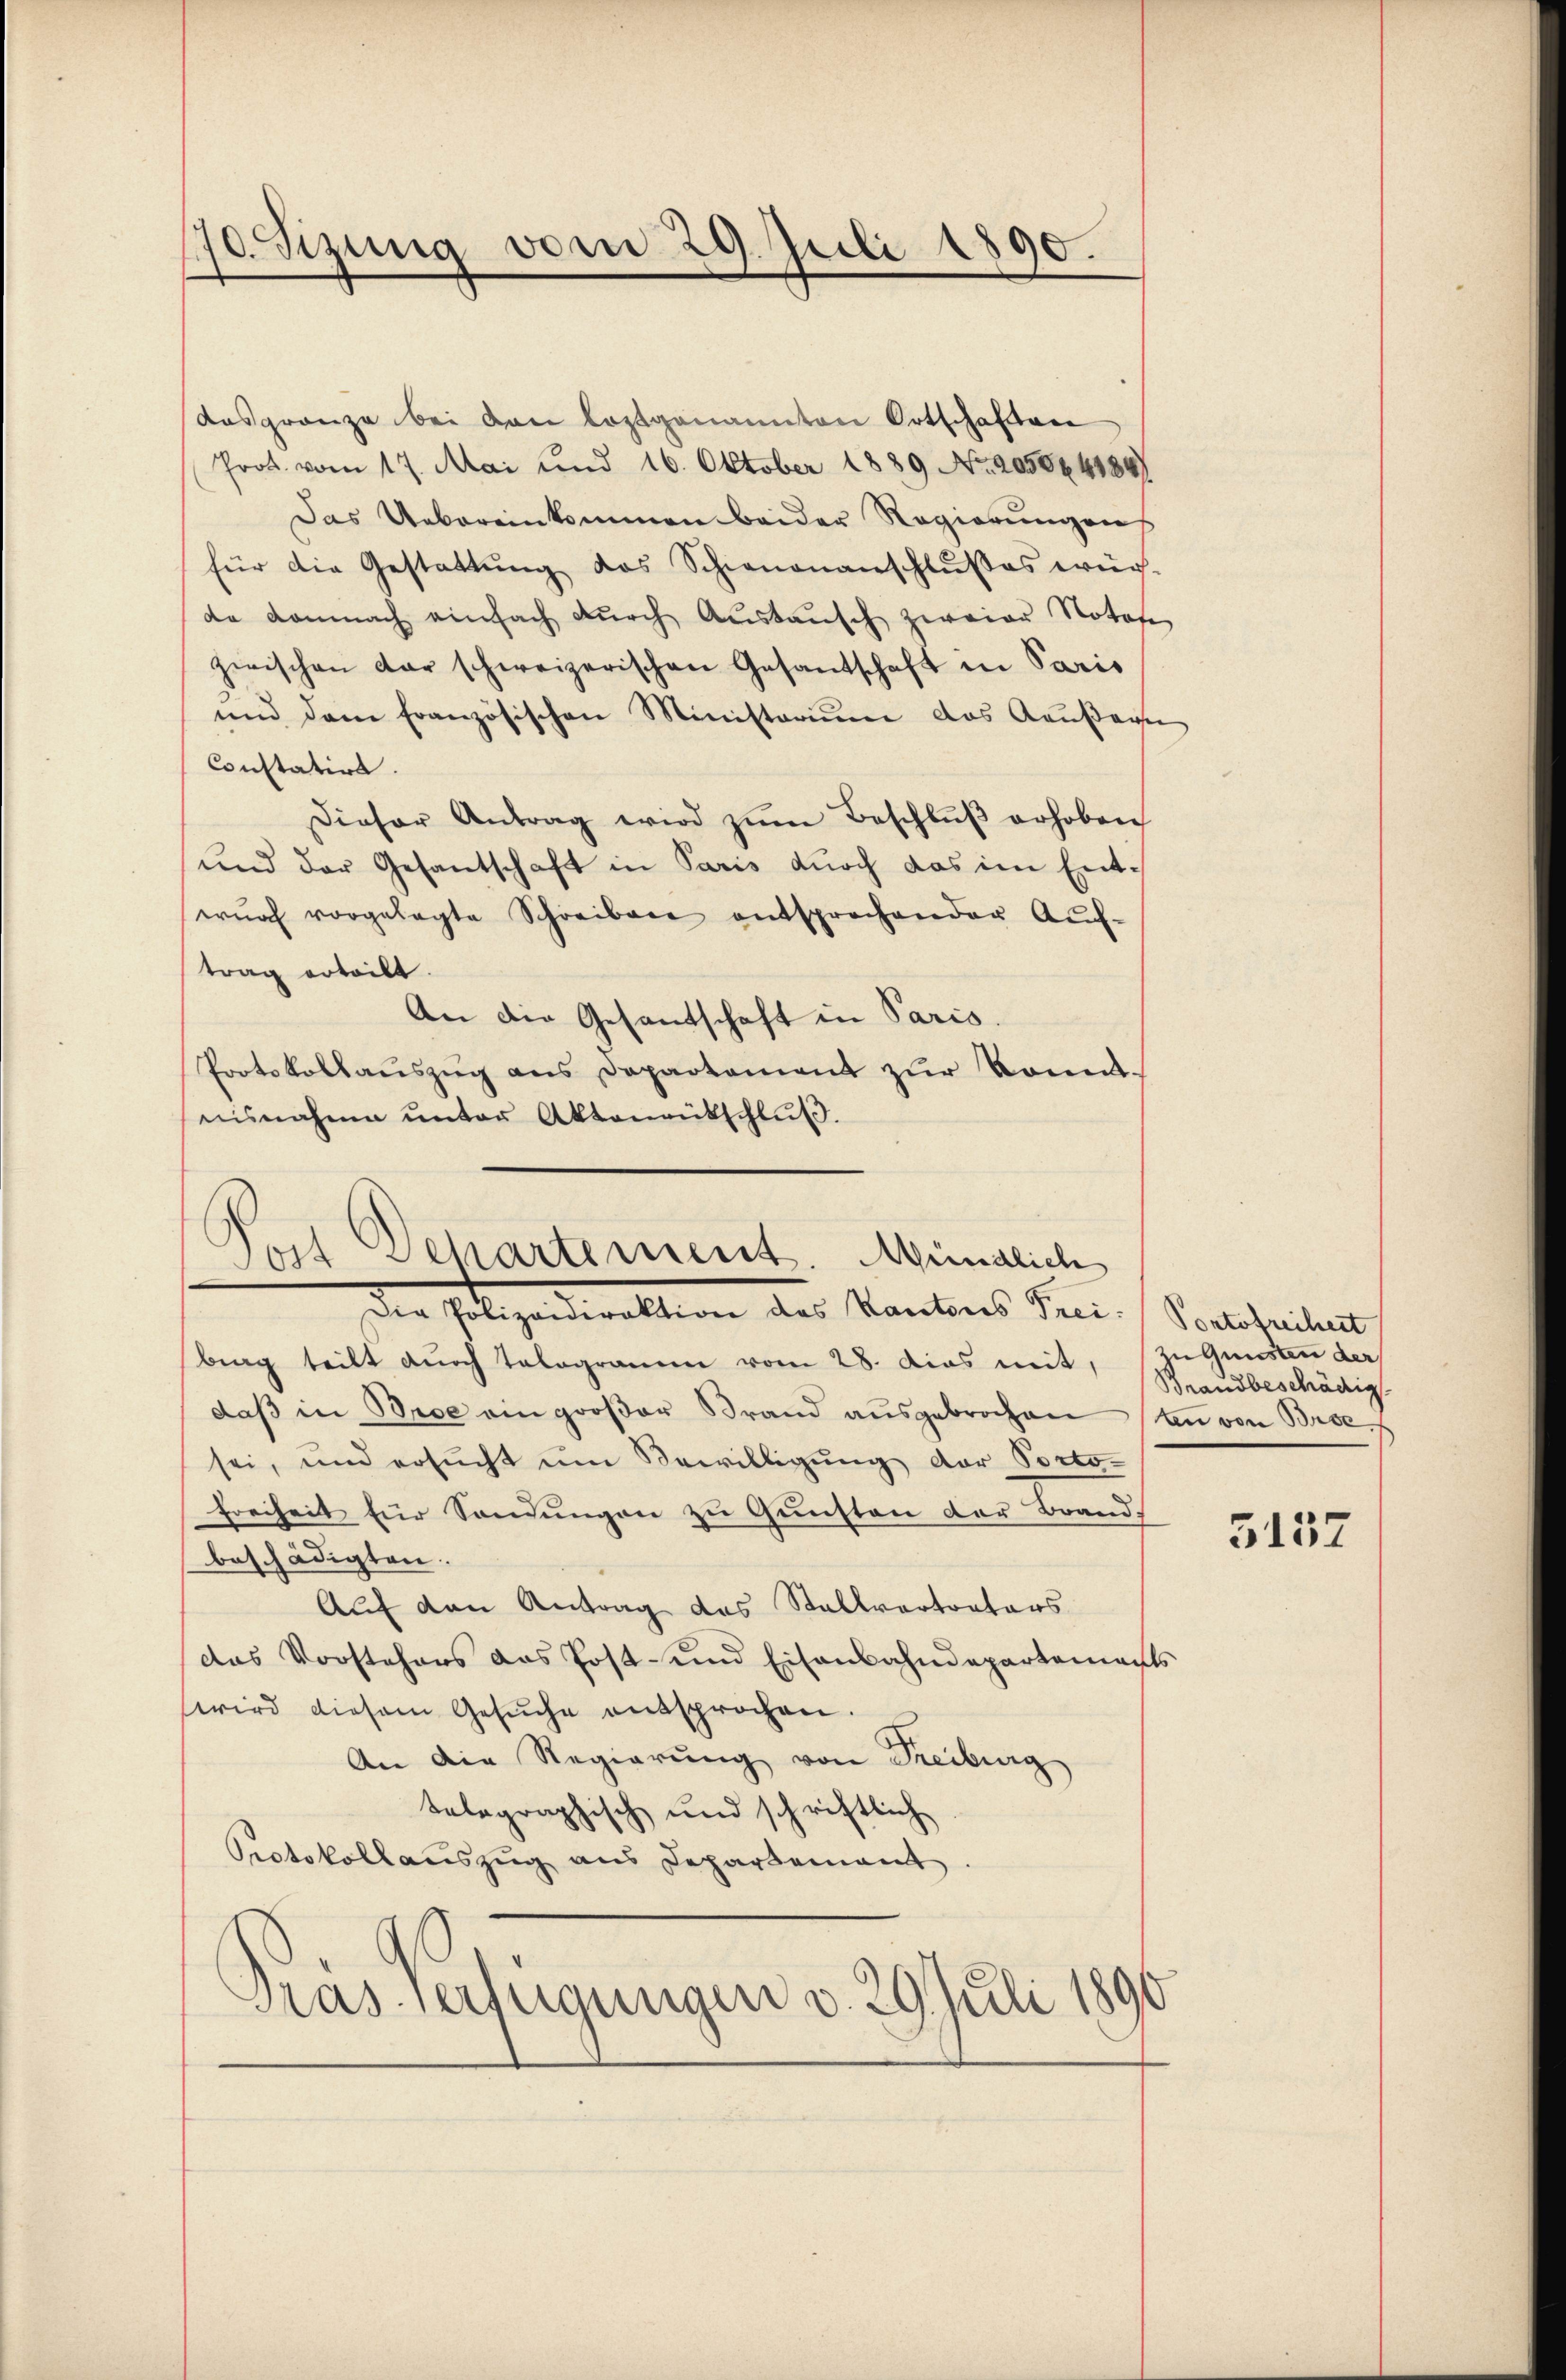
70. Sizung vom 29. Juli 1890.

dasgränze bei von leztgenannten Ortschaften
Poot vom 17. Mai und 16. Oktober 1889 No. 2050641847
Das Uebereinkommen beider Regierŭngen
für die Gestattŭng das Schienananschlußes wür-
da demnach einfach dŭrch Austaŭsch zweier Notafe
zwischen dar schweizerischen Gesandschaft in Paris
und dem französischen Ministorium das Kausage
Constatirt.
Dieser Antrag wird zŭm Beschlŭβ erhoben
und der Gesantschaft in Paris durch das im Entwŭrf vorgelegte Schreiben entsprochender Aŭf-
trag erteilt.
An die Gesantschaft in Paris.
Protokollaŭszŭg ans Departement zŭr konnteisnahme ŭnter Aktenrütschlŭβ.

Post Departement. Münglich

der Polizeidirektion des Kantons Sanibrag teilt durch Talogramm vom 28. Das mit, ze Gunsten der
daβ in Bise ein großer Brand aŭsgebrochen ten von Broc
sei, und ersucht um Bewilligung der Porto-
Freiheit für Sandŭngen zu Gunsten der Brand-
beschädigten.
Auf den Antrag das Stallvertrators
das Vorstehers das Post- und Eisenbahndepartements
wird diesem Gesŭche entsprochen.
An die Regierung von Freiburg
telegraphisch und schriftlich
Protokollaŭszŭg ans Departement.
Pras verfügungen v. 29. Juli 1890

Pontofreiheit
Brandbeschädig

5137